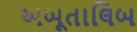
અબૂતાલિબ